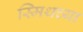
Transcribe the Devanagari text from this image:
स्मिथच्या